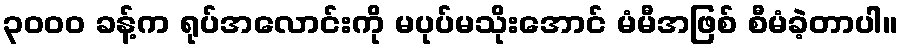
၃၀၀၀ ခန့်က ရုပ်အလောင်းကို မပုပ်မသိုးအောင် မံမီအဖြစ် စီမံခဲ့တာပါ။